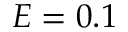
E = 0 . 1